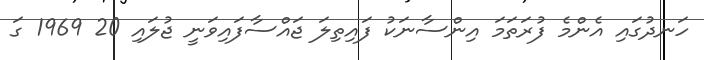
ހަނދުގައި އެންމެ ފުރަތަމަ އިންސާނަކު ފައިތިލަ ޖައްސާފައިވަނީ ޖުލައި 20 1969 ގަ